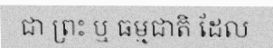
ជា ព្រះ ឬ ធម្មជាតិ ដែល